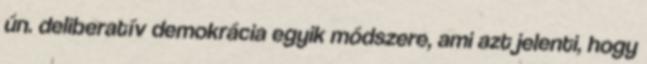
ún. deliberatív demokrácia egyik módszere, ami azt jelenti, hogy